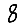
Digit: 8